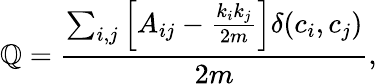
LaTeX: \mathbb{Q}=\frac{{\sum_{i,j}\left[A_{ij}-\frac{{k_{i}k_{j}}}{{2m}}\right]{\delta{(c_{i},c_{j})}}}}{{{2m}}},